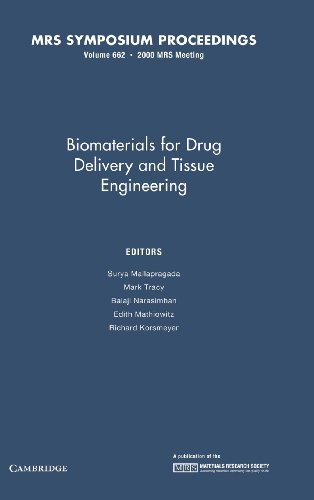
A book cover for Biomaterials for Drug Delivery and Tissue Engineering: Volume 662 (MRS Proceedings); Medical Books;